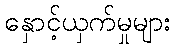
နှောင့်ယှက်မှုများ